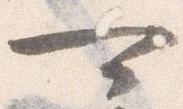
可